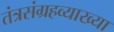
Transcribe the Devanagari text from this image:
तंत्रसंग्रहव्याख्या